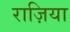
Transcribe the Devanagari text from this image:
राज़िया